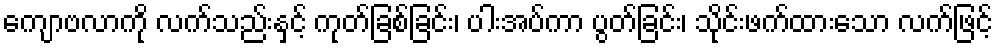
ကျောဗလာကို လက်သည်းနှင့် ကုတ်ခြစ်ခြင်း၊ ပါးအပ်ကာ ပွတ်ခြင်း၊ သိုင်းဖက်ထားသော လက်ဖြင့်